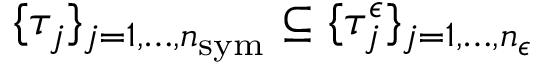
\{ \tau _ { j } \} _ { j = 1 , \dots , n _ { \mathrm { s y m } } } \subseteq \{ \tau _ { j } ^ { \epsilon } \} _ { j = 1 , \dots , n _ { \epsilon } }